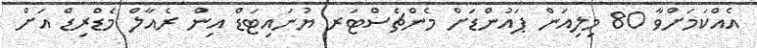
އެއްކަމަށްވާ 80 މިލިއަން ޕައުންޑަށް މެންޗެސްޓަރ ޔުނައިޓަޑް އިން ރެއާލް މެޑްރިޑް އަށް